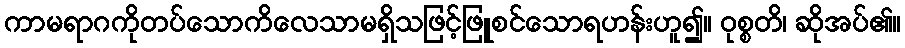
ကာမရာဂကိုတပ်သောကိလေသာမရှိသဖြင့်ဖြူစင်သောရဟန်းဟူ၍။ ဝုစ္စတိ၊ ဆိုအပ်၏။